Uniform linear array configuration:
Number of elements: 4
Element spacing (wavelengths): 1
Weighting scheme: binomial
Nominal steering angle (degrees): -30
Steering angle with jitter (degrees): -30.686
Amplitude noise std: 0.05
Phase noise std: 0.05

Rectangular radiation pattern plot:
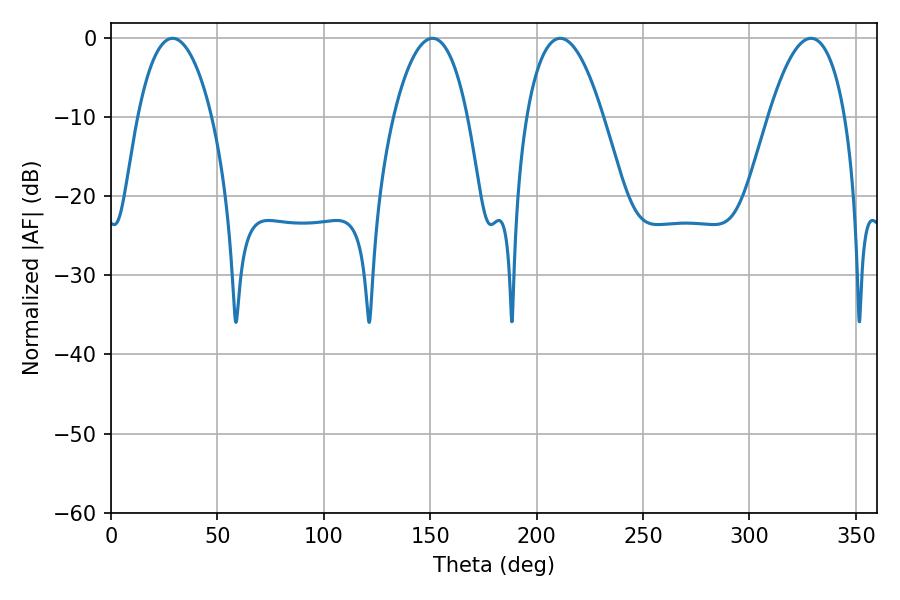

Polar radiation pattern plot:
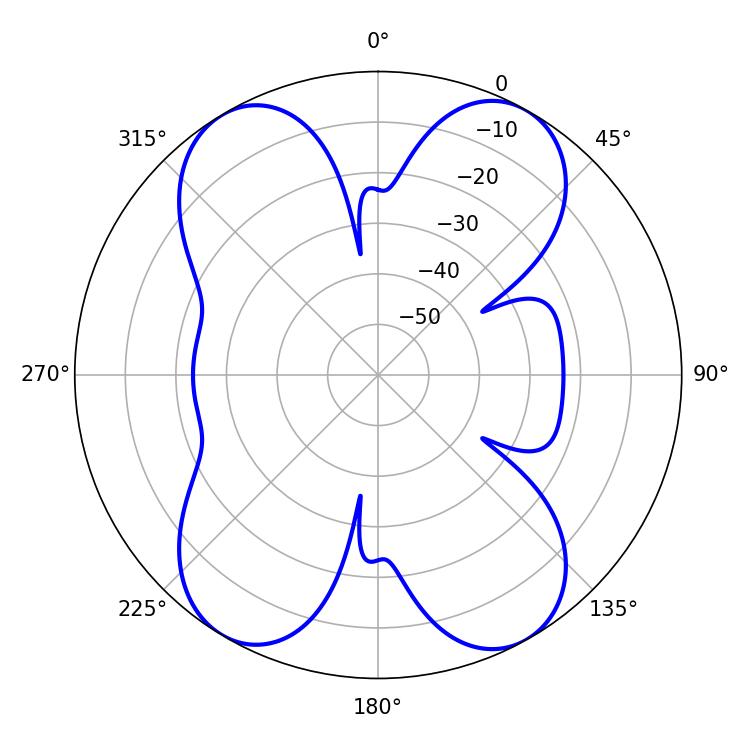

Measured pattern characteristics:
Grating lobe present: TRUE
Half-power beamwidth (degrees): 19.44
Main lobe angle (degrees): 28.98